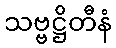
သဗ္ဗဋ္ဌိတီနံ